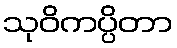
သုဝိကပ္ပိတာ